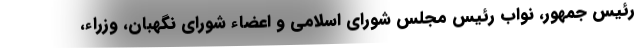
رئیس جمهور، نواب رئیس مجلس شورای اسلامی و اعضاء شورای نگهبان، وزراء،